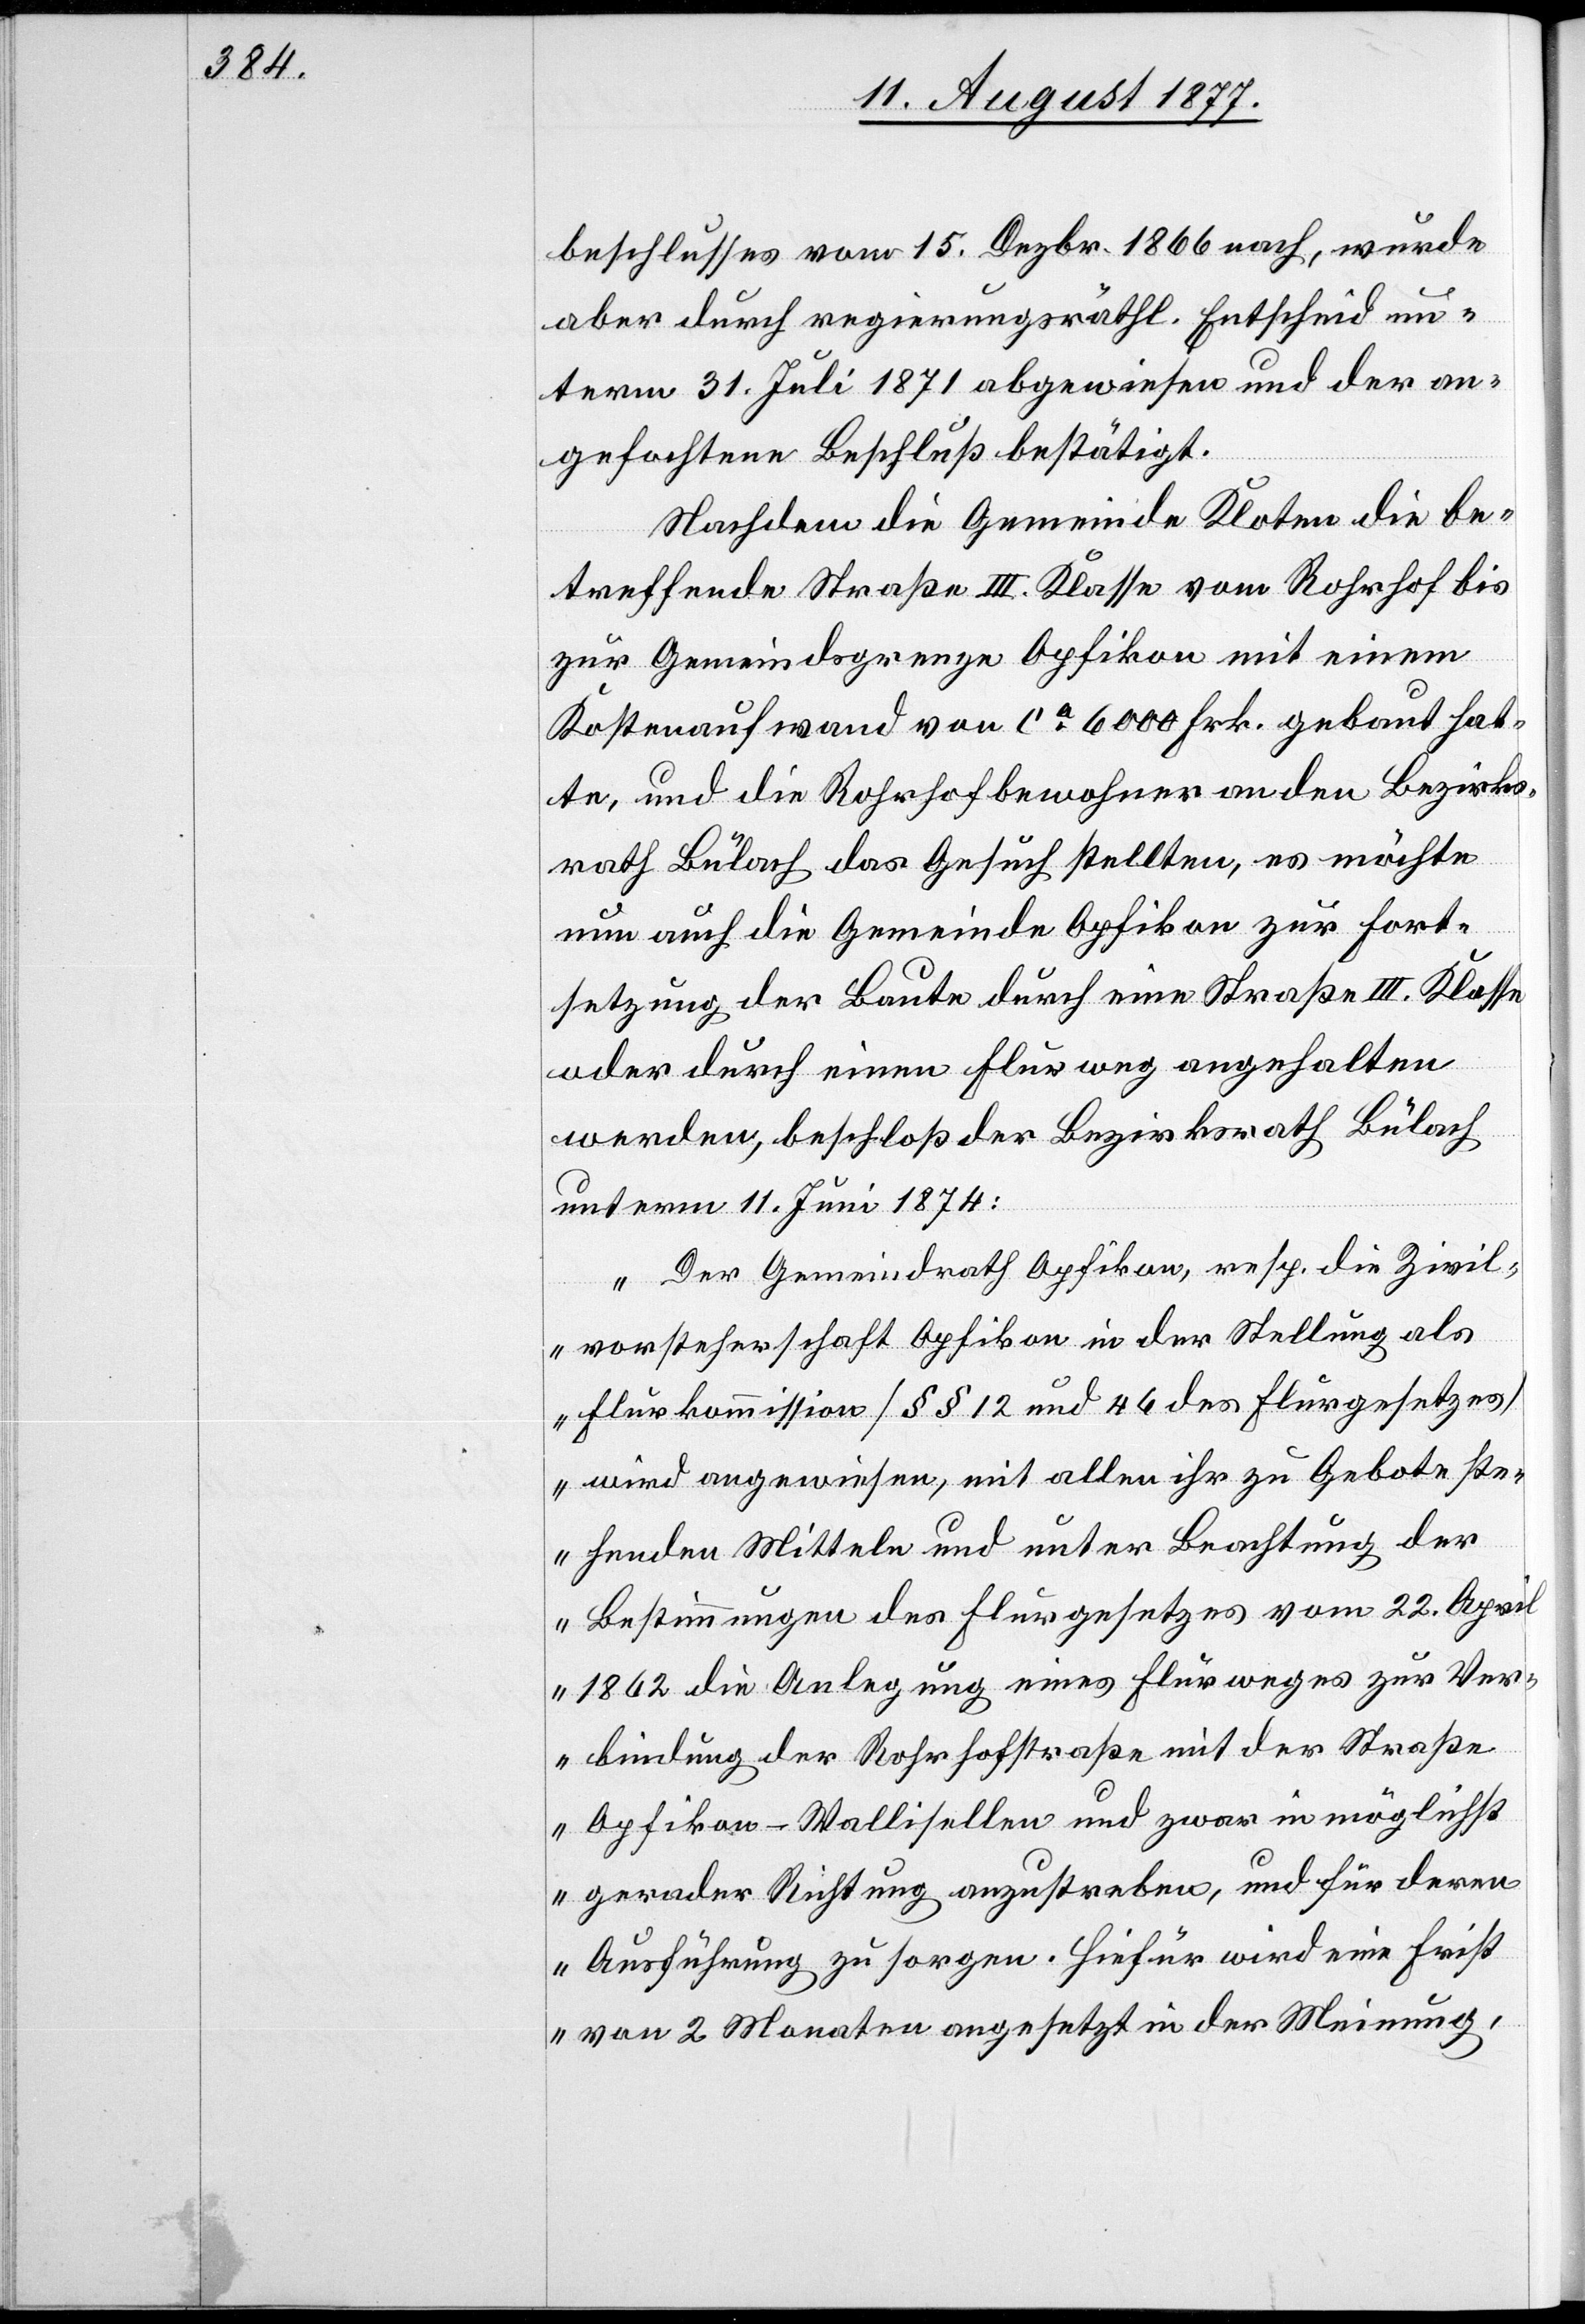
beschlusses vom 15. Dezbr. 1866 nach, wurde
aber durch regierungsräthl. Entscheid un¬
term 31. Juli 1871 abgewiesen und der an¬
gefochtene Beschluß bestätigt.
Nachdem die Gemeinde Kloten die be¬
treffende Straße III. Klasse vom Rohrhof bis
zur Gemeindsgrenze Opfikon mit einem
Kostenaufwand von ca 6000 Frk. gebaut hat¬
te, und die Rohrhofbewohner an den Bezirks¬
rath Bülach das Gesuch stellten, es möchte
nun auch die Gemeinde Opfikon zur Fort¬
setzung der Baute durch eine Straße III. Klasse
oder durch einen Flurweg angehalten
werden, beschloß der Bezirksrath Bülach
unterm 11. Juni 1874:
„Der Gemeindrath Opfikon, resp. die Zivil¬
vorsteherschaft Opfikon in der Stellung als
Flurkommission [§§ 12 und 46 des Flurgesetzes]
wird angewiesen, mit allen ihr zu Gebote ste¬
henden Mitteln und unter Beachtung der
Bestimmungen des Flurgesetzes vom 22. Apri¬
l 1862 die Anlegung eines Flurweges zur Ver¬
bindung der Rohrhofstraße mit der Straße
Opfikon–Wallisellen und zwar in möglichst
gerader Richtung anzustreben, und für deren
Ausführung zu sorgen. Hiefür wird eine Frist
von 2 Monaten angesetzt in der Meinung,